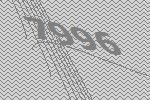
7996